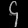
Digit: ၄